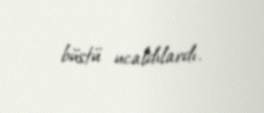
büstü ucaldılardı.